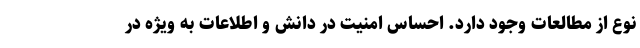
نوع از مطالعات وجود دارد. احساس امنیت در دانش و اطلاعات به ویژه در